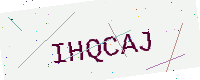
Text: IHQCAJ